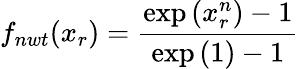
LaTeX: f_{nwt}(x_{r})=\frac{\exp\left(x_{r}^{n}\right)-1}{\exp\left(1\right)-1}